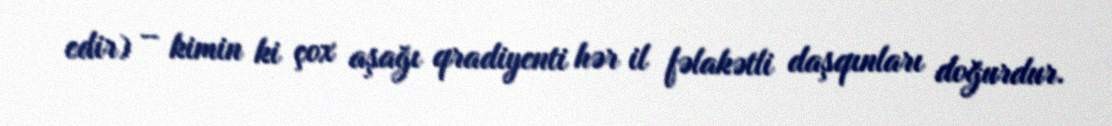
edir) – kimin ki çox aşağı qradiyenti hər il fəlakətli daşqınları doğurdur.